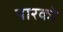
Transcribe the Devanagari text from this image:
यारको